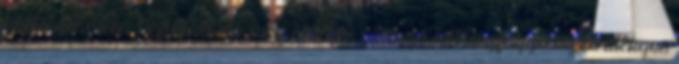
költséget méri. Definiálható még átlagos változó költségfüggvény és átlagos